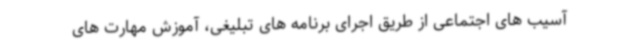
آسیب های اجتماعی از طریق اجرای برنامه های تبلیغی، آموزش مهارت های